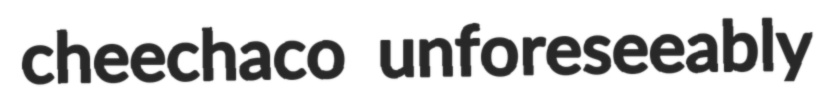
cheechaco unforeseeably